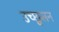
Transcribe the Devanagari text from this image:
उच्छ्वसन